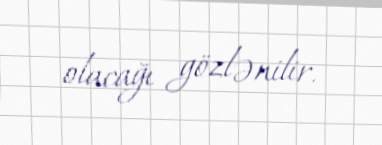
olacağı gözlənilir.